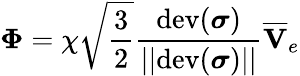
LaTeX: \boldsymbol\Phi=\chi\sqrt{\frac{3}{2}}\frac{\mathrm{dev}(\boldsymbol\sigma)}{||\mathrm{dev}(\boldsymbol\sigma)||}\overline{{\mathbf{V}}}_{e}